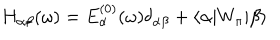
H _ { \alpha \beta } ( \omega ) = E _ { \alpha } ^ { ( 0 ) } ( \omega ) \delta _ { \alpha \beta } + \langle \alpha | W _ { \pi } | \beta \rangle